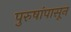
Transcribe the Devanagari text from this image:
पुरुषांपासून